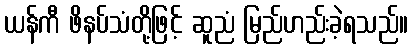
ယန်ကီ ဖိနပ်သံတို့ဖြင့် ဆူညံ မြည်ဟည်းခဲ့ရသည်။